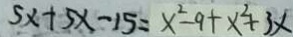
5 x + 5 x - 1 5 = x ^ { 2 } - 9 + x ^ { 2 } + 3 x